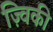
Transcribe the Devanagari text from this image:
ज़्विकी